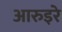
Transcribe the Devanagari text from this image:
आरुइरे